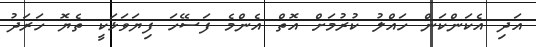
އަދި އެކަންކަން ހައްލު ކުރުމަށް އޮތް އެންމެ ފަސޭހަ ފިޔަވަޅަކީ ތެޔޮ ހަރަދު